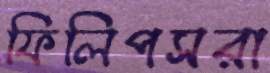
ফিলিপসরা